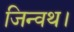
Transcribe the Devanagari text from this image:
जिन्वथ।